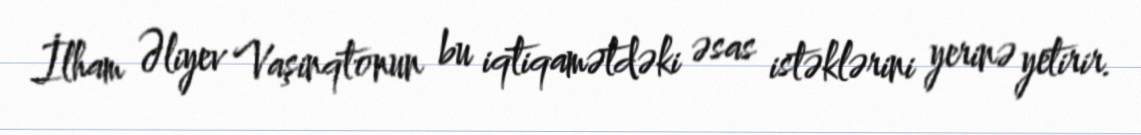
İlham Əliyev Vaşinqtonun bu iqtiqamətdəki əsas istəklərini yerinə yetirir.